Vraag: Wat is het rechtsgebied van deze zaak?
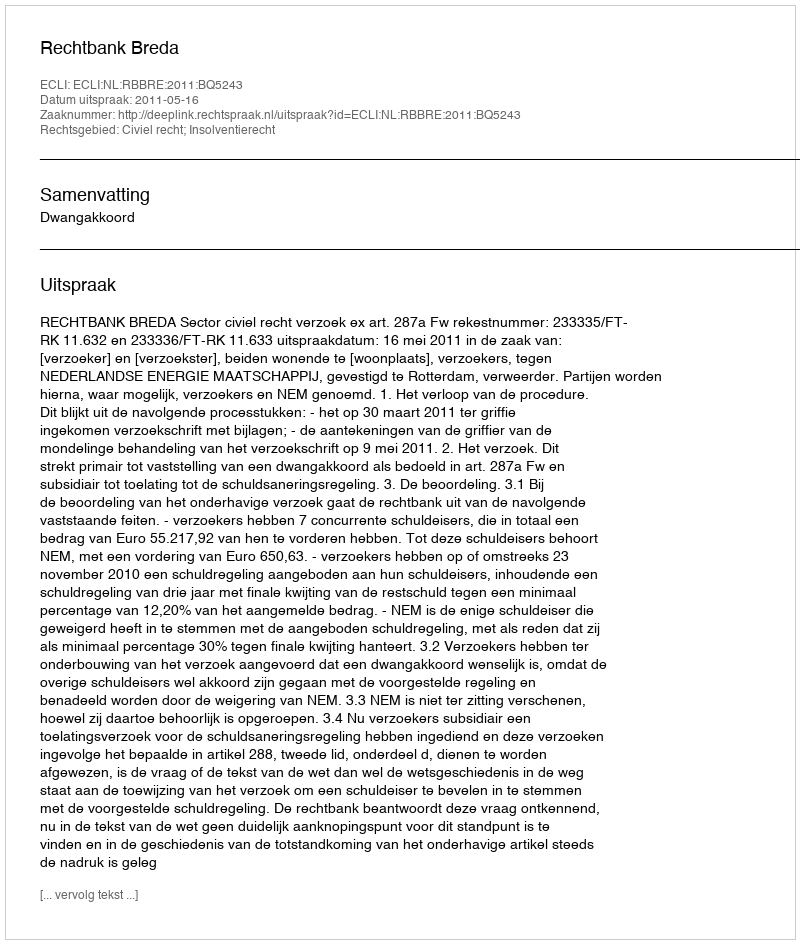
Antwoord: Civiel recht; Insolventierecht